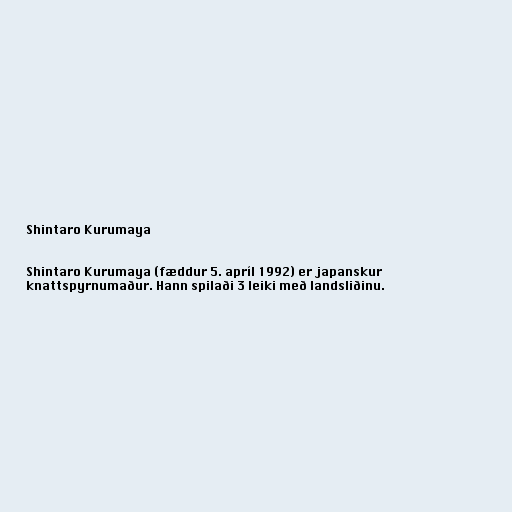
Shintaro Kurumaya

Shintaro Kurumaya (fæddur 5. apríl 1992) er japanskur
knattspyrnumaður. Hann spilaði 3 leiki með landsliðinu.